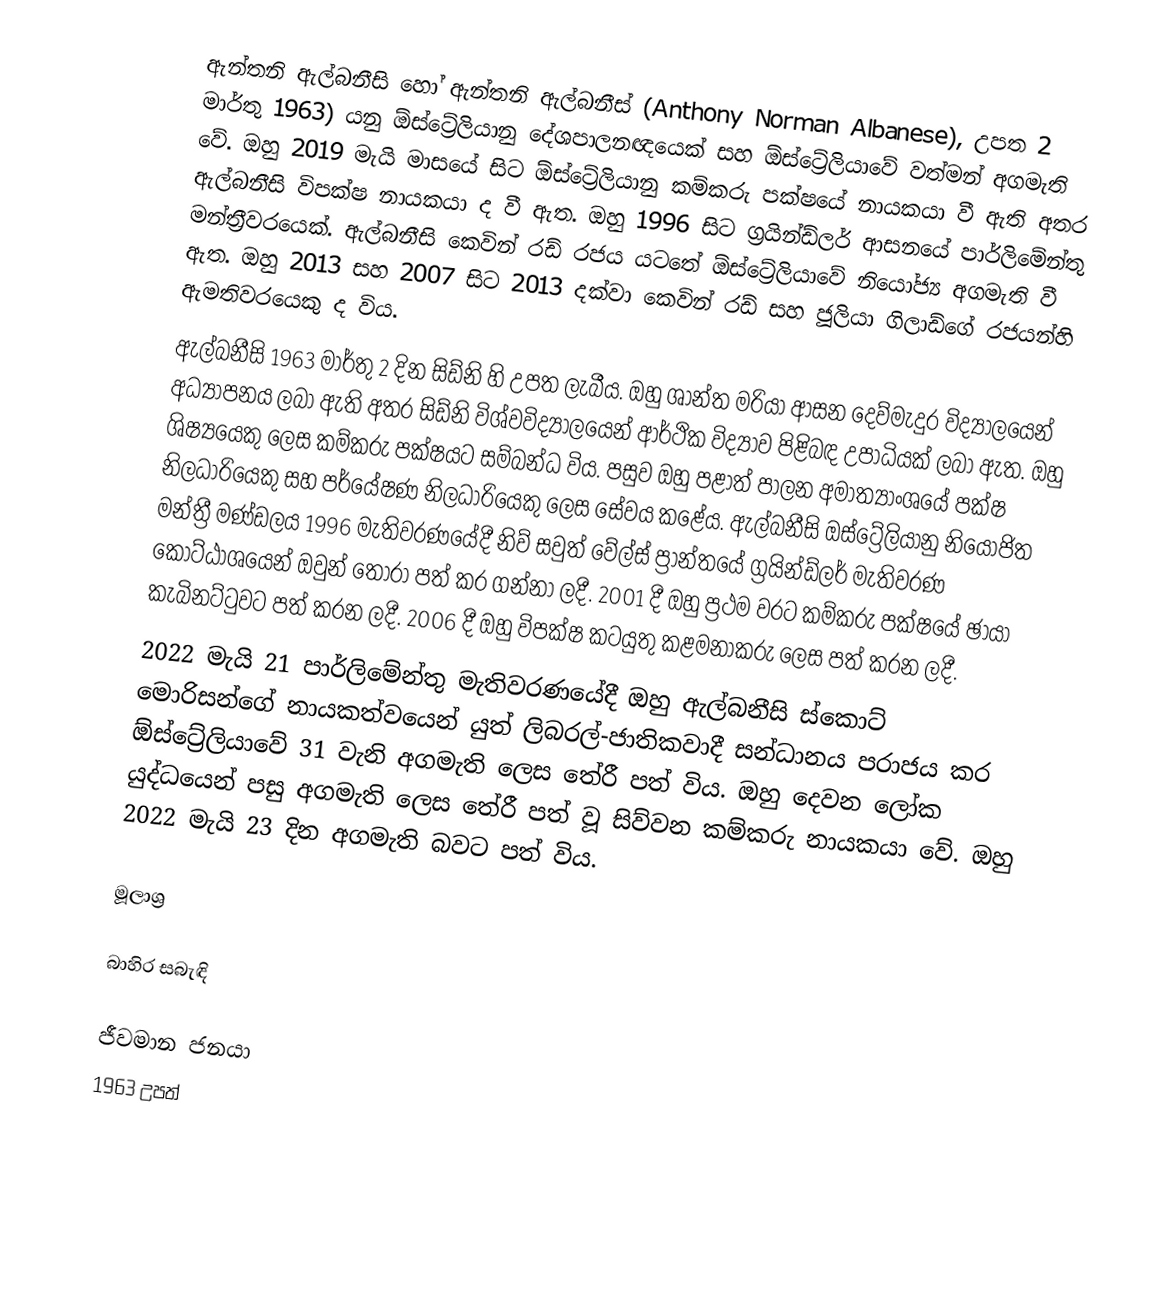
ඇන්තනි ඇල්බනීසි හෝ ඇන්තනි ඇල්බනීස් (Anthony Norman Albanese), උපත 2 මාර්තු 1963) යනු ඕස්ට්‍රේලියානු දේශපාලනඥයෙක් සහ ඕස්ට්‍රේලියාවේ වත්මන් අගමැති වේ.  ඔහු 2019 මැයි මාසයේ සිට ඕස්ට්‍රේලියානු කම්කරු පක්ෂයේ නායකයා වී ඇති අතර ඇල්බනීසි විපක්ෂ නායකයා ද වී ඇත. ඔහු 1996 සිට ග්‍රයින්ඩ්ලර් ආසනයේ පාර්ලිමේන්තු මන්ත්‍රීවරයෙක්. ඇල්බනීසි කෙවින් රඩ් රජය යටතේ ඕස්ට්‍රේලියාවේ නියෝජ්‍ය අගමැති වී ඇත. ඔහු 2013 සහ 2007 සිට 2013 දක්වා කෙවින් රඩ් සහ ජූලියා ගිලාඩ්ගේ රජයන්හි ඇමතිවරයෙකු ද විය.
ඇල්බනීසි 1963 මාර්තු 2 දින සිඩ්නි හි උපත ලැබීය.  ඔහු ශාන්ත මරියා ආසන දෙව්මැදුර විද්‍යාලයෙන් අධ්‍යාපනය ලබා ඇති අතර  සිඩ්නි විශ්වවිද්‍යාලයෙන් ආර්ථික විද්‍යාව පිළිබඳ උපාධියක් ලබා ඇත.  ඔහු ශිෂ්‍යයෙකු ලෙස කම්කරු පක්ෂයට සම්බන්ධ විය.  පසුව ඔහු පළාත් පාලන අමාත්‍යාංශයේ පක්ෂ නිලධාරියෙකු සහ පර්යේෂණ නිලධාරියෙකු ලෙස සේවය කළේය. ඇල්බනීසි ඔස්ට්‍රේලියානු නියෝජිත මන්ත්‍රී මණ්ඩලය 1996 මැතිවරණයේදී නිව් සවුත් වේල්ස් ප්‍රාන්තයේ ග්‍රයින්ඩ්ලර් මැතිවරණ කොට්ඨාශයෙන් ඔවුන් තෝරා පත් කර ගන්නා ලදී.  2001 දී ඔහු ප්‍රථම වරට කම්කරු පක්ෂයේ ඡායා කැබිනට්ටුවට පත් කරන ලදී.  2006 දී ඔහු විපක්ෂ කටයුතු කළමනාකරු ලෙස පත් කරන ලදී.
2022 මැයි 21 පාර්ලිමේන්තු මැතිවරණයේදී ඔහු ඇල්බනීසි ස්කොට් මොරිසන්ගේ නායකත්වයෙන් යුත් ලිබරල්-ජාතිකවාදී සන්ධානය පරාජය කර ඕස්ට්‍රේලියාවේ 31 වැනි අගමැති ලෙස තේරී පත් විය. ඔහු දෙවන ලෝක යුද්ධයෙන් පසු අගමැති ලෙස තේරී පත් වූ සිව්වන කම්කරු නායකයා වේ.   ඔහු 2022 මැයි 23 දින අගමැති බවට පත් විය.

මූලාශ්‍ර

බාහිර සබැඳි

ජීවමාන ජනයා
1963 උපත්